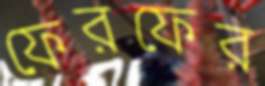
ফেরফের